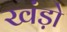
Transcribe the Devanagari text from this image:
खंड़ो